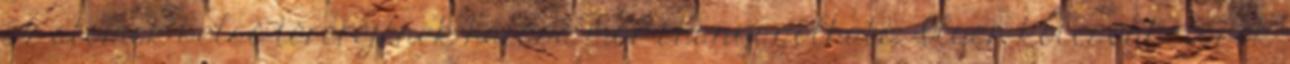
az atomok belsô térerejének hatása már ehanyagolható. Ilyen kölcsönhatások